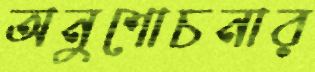
অনুশোচনার